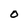
Character: 0